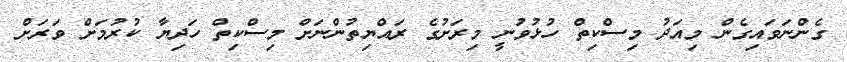
ގެންނަވައިގެން މިއަދު މިސްކިތް ހުޅުވުނީ މިރަށުގެ ރައްޔިތުންނަށް މިސްކިތް ހަދިޔާ ކުރުމަށް ވަރަށް